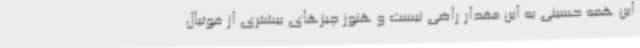
این همه حسینی به این مقدار راضی نیست و هنوز چیزهای بیشتری از فوتبال